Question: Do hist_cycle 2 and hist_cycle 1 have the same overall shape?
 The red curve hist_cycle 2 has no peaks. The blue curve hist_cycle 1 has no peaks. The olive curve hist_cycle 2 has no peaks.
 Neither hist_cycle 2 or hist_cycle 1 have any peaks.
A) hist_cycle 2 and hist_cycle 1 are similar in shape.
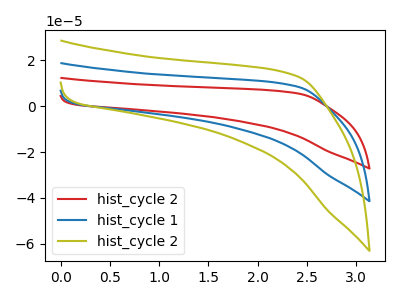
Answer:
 <answer>A) "hist_cycle 2" and "hist_cycle 1" are similar in shape.</answer>
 <eval>A</eval>